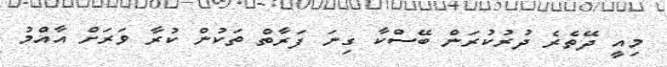
މިއީ ދޭތެރެ ދުރުކުރަން ބޭސްކާ ގިނަ ފަރާތް ތަކުން ކުރާ ވަރަށް އާއްމު